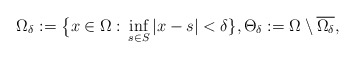
\begin{align*}\Omega_\delta:=\big\{x\in \Omega: \, \inf_{s\in S} |x-s|<\delta\},\Theta_\delta:=\Omega\setminus \overline{\Omega_\delta},\end{align*}